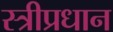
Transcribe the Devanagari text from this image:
स्त्रीप्रधान